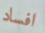
افساد